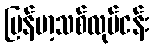
မြန်မာ့သစ်လုပ်ငန်း